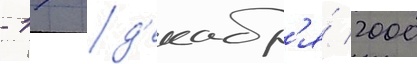
- 17 д'екабр'я́ 2000